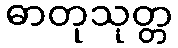
ဓာတုသုတ္တ